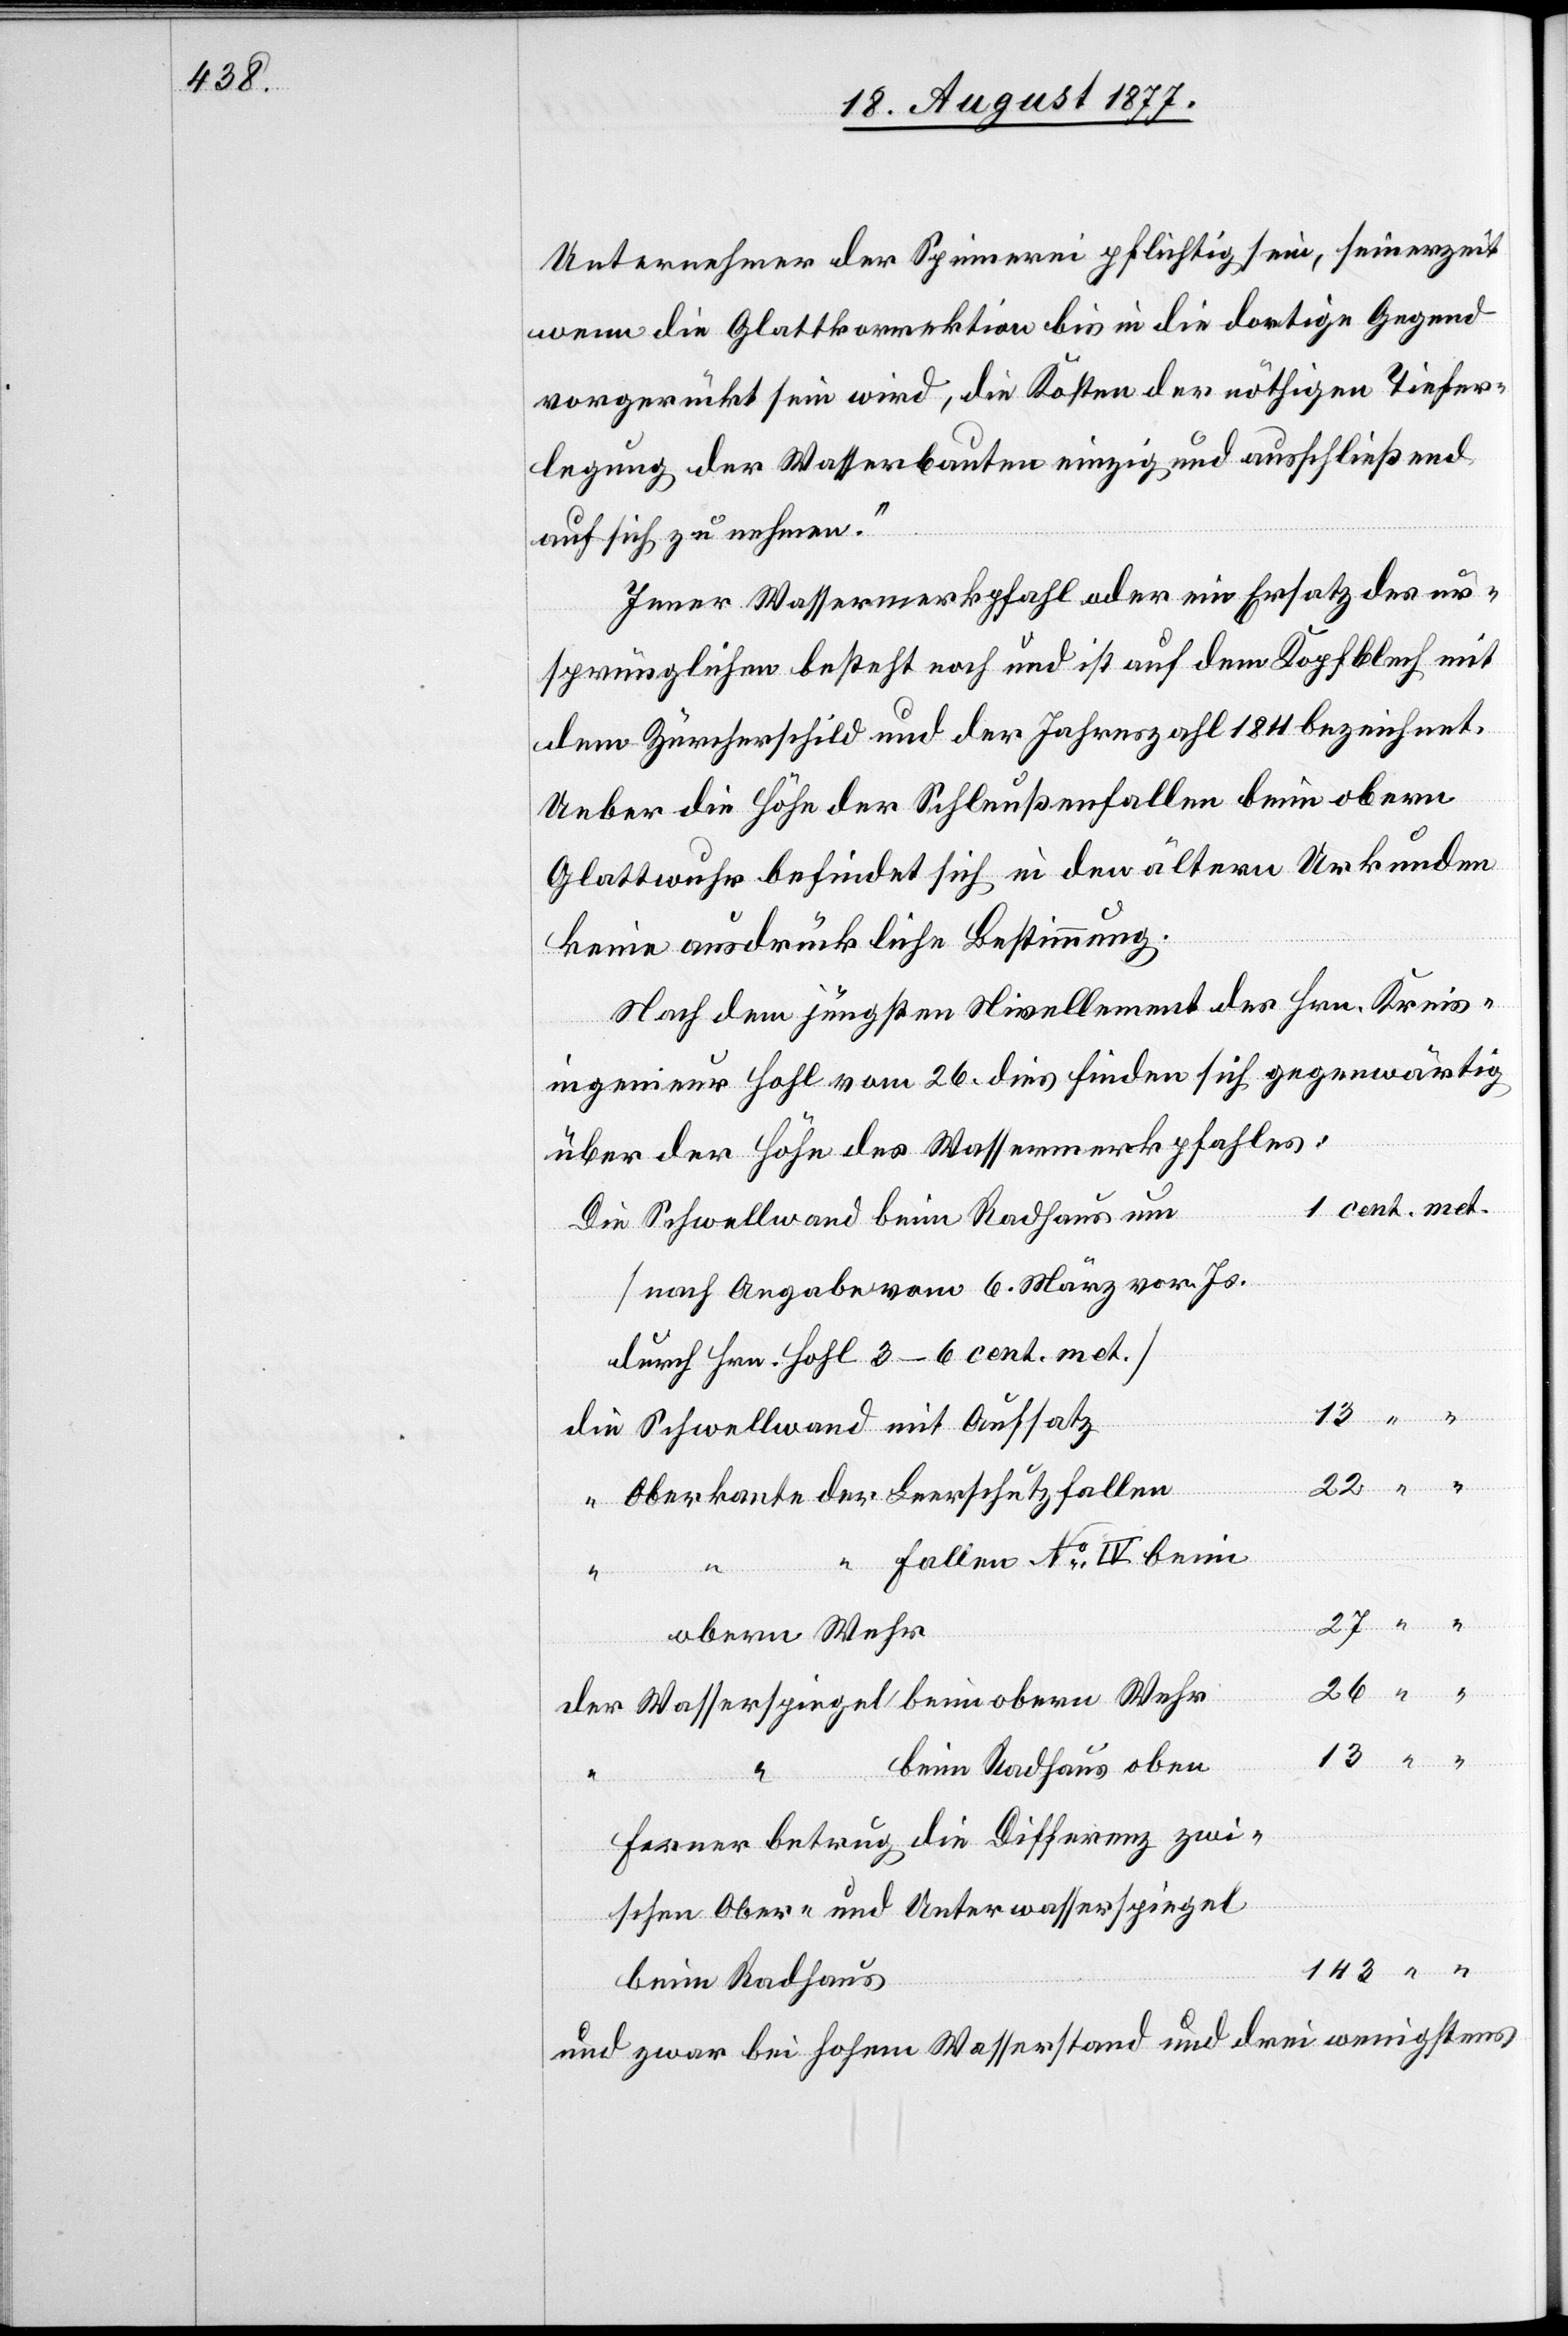
Unternehmer der Spinnerei pflichtig sein, seinerzeit
wenn die Glattkorrektion bis in die dortige Gegend
vorgerückt sein wird, die Kosten der nöthigen Tiefer¬
legung der Wasserbauten einzig und ausschließend
auf sich zu nehmen.“
Jener Wassermerkpfahl oder ein Ersatz des ur¬
sprünglichen besteht noch und ist auf dem Kopfblech mit
dem Zürcherschild und der Jahreszahl 1811 bezeichnet.
Ueber die Höhe der Schleußenfallen beim obern
Glattwuhr befindet sich in den ältern Urkunden
keine ausdrückliche Bestimmung.
Nach dem jüngsten Nivellement des Hrn. Kreis¬
ingenieur Hohl vom 26. dies finden sich gegenwärtig
über der Höhe des Wassermerkpfahles:
1 cent. met.
Die Schwellwand beim Radhaus um
[nach Angabe vom 6. März vor. Js.
durch Hrn. Hohl 3–6 cent. met.]
die Schwellwand mit Aufsatz
“ Oberkante der Leerschutzfallen
“ Fallen No IV beim
26
obern Wehr
der Wasserspiegel beim obern Wehr
13 “ “
beim Radhaus oben
Ferner betrug die Differenz zwi¬
schen Ober- und Unterwasserspiegel
beim Radhaus
und zwar bei hohem Wasserstand und drei wenigstens